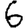
Digit: 6